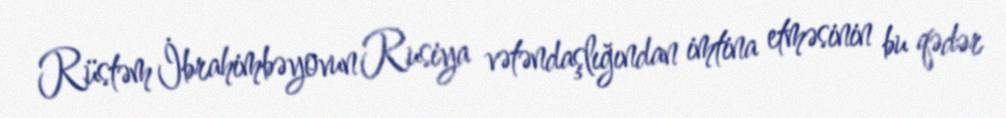
Rüstəm İbrahimbəyovun Rusiya vətəndaşlığından imtina etməsinin bu qədər